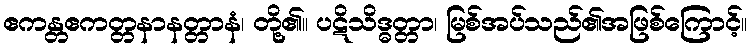
ဧကန္တဧကတ္တနာနတ္တာနံ၊ တို့၏။ ပဋိသိဒ္ဓတ္တာ၊ မြစ်အပ်သည်၏အဖြစ်ကြောင့်။